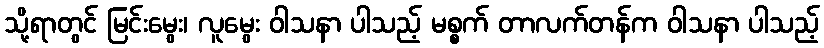
သို့ရာတွင် မြင်းမွေး၊ လူမွေး ဝါသနာ ပါသည့် မစ္စက် တာလက်တန်က ဝါသနာ ပါသည့်